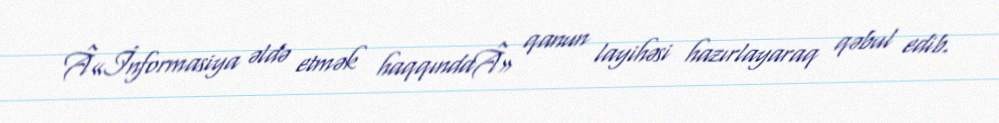
Â«İnformasiya əldə etmək haqqındaÂ» qanun layihəsi hazırlayaraq qəbul edib.